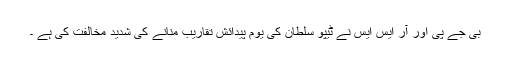
بی جے پی اور آر ایس ایس نے ٹیپو سلطان کی یوم پیدائش تقاریب منانے کی شدید مخالفت کی ہے ۔